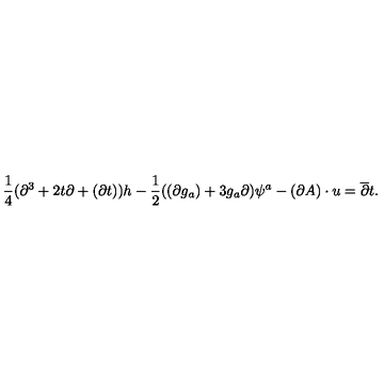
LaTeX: \frac { 1 } { 4 } ( \partial ^ { 3 } + 2 t \partial + ( \partial t ) ) h - \frac { 1 } { 2 } ( ( \partial g _ { a } ) + 3 g _ { a } \partial ) \psi ^ { a } - ( \partial A ) \cdot u = \overline { { \partial } } t .